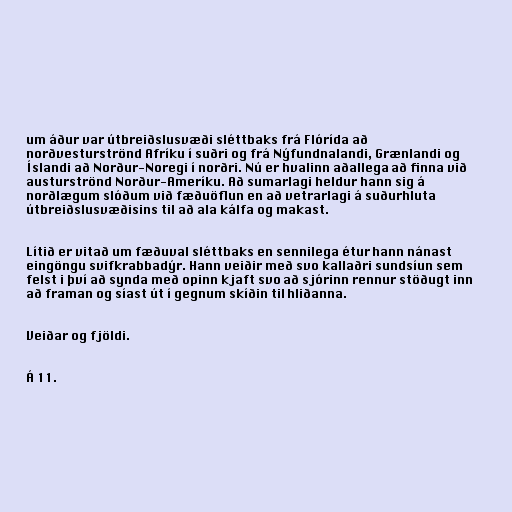
um áður var útbreiðslusvæði sléttbaks frá Flórída að
norðvesturströnd Afríku í suðri og frá Nýfundnalandi, Grænlandi og
Íslandi að Norður-Noregi í norðri. Nú er hvalinn aðallega að finna við
austurströnd Norður-Ameríku. Að sumarlagi heldur hann sig á
norðlægum slóðum við fæðuöflun en að vetrarlagi á suðurhluta
útbreiðslusvæðisins til að ala kálfa og makast.

Lítið er vitað um fæðuval sléttbaks en sennilega étur hann nánast
eingöngu svifkrabbadýr. Hann veiðir með svo kallaðri sundsíun sem
felst i því að synda með opinn kjaft svo að sjórinn rennur stöðugt inn
að framan og síast út í gegnum skíðin til hliðanna.

Veiðar og fjöldi.

Á 11.